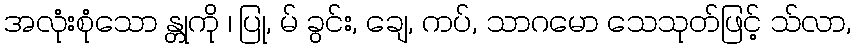
အလုံးစုံသော န္တုကို ၊ ပြု, မ် ခွင်း, ချေ, ကပ်, သာဂမော သေသုတ်ဖြင့် သ်လာ,